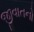
જીવાતનો